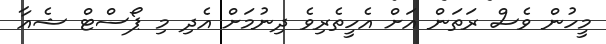
މީހުން ވެސް ރަތަން އަށް އެހީތެރިވެ ދިނުމަށް އެދި މި ޕޯސްޓް ޝެއާ